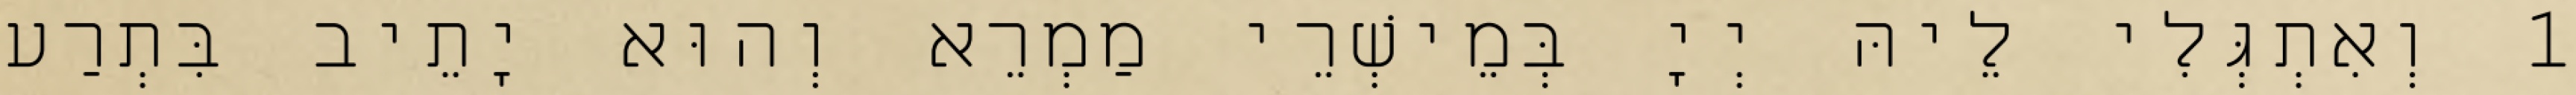
1 וְאִתְגְּלִי לֵיהּ יְיָ בְּמֵישְׁרֵי מַמְרֵא וְהוּא יָתֵיב בִּתְרַע